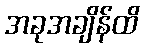
အခုအချိန်ထိ